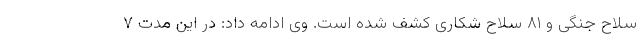
سلاح جنگی و ۸۱ سلاح شکاری کشف شده است. وی ادامه داد: در این مدت ۷